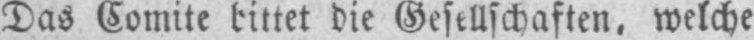
Das Comite bittet die Gesellschaften, welche